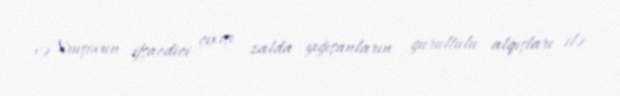
və Xruşovun ifşaedici çıxışı zalda yığışanların gurultulu alqışları ilə